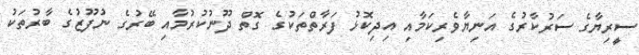
ސީރިޔާގެ ސަރުކާރުގެ އަނިޔާވެރިކަމާއި އިދިކޮޅު ފަރާތްތަކުގެ ގޮތް ދޫނުކުރުމާއި ބޭރުގެ ނުފޫޒުގެ ބާރުތަކު